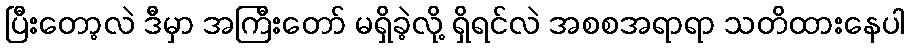
ပြီးတော့လဲ ဒီမှာ အကြီးတော် မရှိခဲ့လို့ ရှိရင်လဲ အစစအရာရာ သတိထားနေပါ